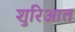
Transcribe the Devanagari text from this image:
शुरिआत